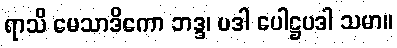
ရာသိ မေသာဒိကော ဘဒ္ဒ၊ ပဒါ ပေါဋ္ဌပဒါ သမာ။